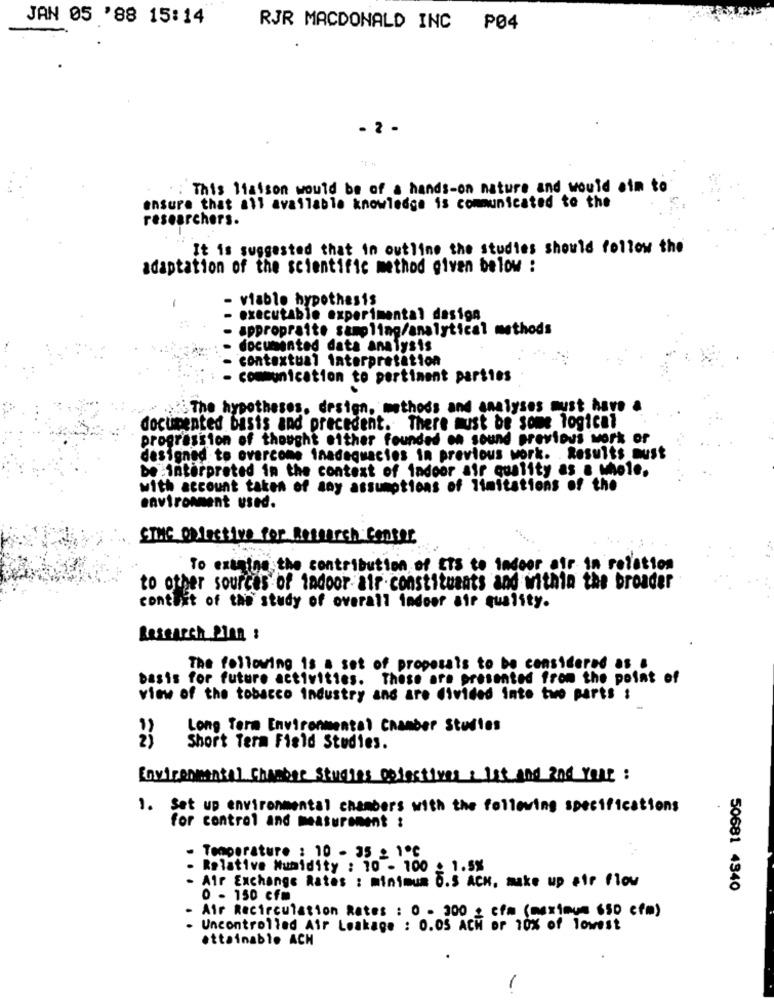
JAN 05 '88 15:14
RJR MACDONALD INC P04
- 2 -
: This liaison would be of a hands-on nature and would aim to
ensure that all available knowledge is communicated to the
researchers.
It is suggested that in outline the studies should follow the
adaptation of the scientific method given below :
- viable hypothesis
executable experimental design
appropraite sampling/analytical methods
documented data analysis
contextual interpretation
communication to pertinent parties
The hypotheses, design, methods and analyses must have a
documented basis and precedent. There must be some logical
progression of thought either founded on sound previous work or
designed to overcome inadequacies in previous work. Results must
be interpreted in the context of fadoor air quality as a whole.
with account taken of any assumptions of limitations of the
environment used.
Stue objective for Research Center
To examine the contribution of ITS to indoor air in relation
to other sources of iadoor air constituants and within the broader
contuit of the study of overall indoor air quality.
Research Plan :
The following is a set of proposals to be considered as .
basis for future activities. These are presented from the point of
view of the tobacco industry ans are divided into two parts :
Long Term Environmental Chamber Studies
Short Term Field Studies.
Environmental Chamber Studies gelestiver a list and and rose :
1. Set up environmental chambers with the following specifications
for control and measurement :
Temperature : 10 - 35 2 1℃
Relative Humidity : 10 - 100 . 1.5%
Air Exchange Rates : minimum 0.3 ACH, make up air flow
50681 4340
0 - 150 cfm
Air Recirculation Rates : 0 - 300 _ cfm (maximum 650 cfm)
Uncontrolled Air Leakage : 0.05 ACH or 10% of lowest
attainable ACH